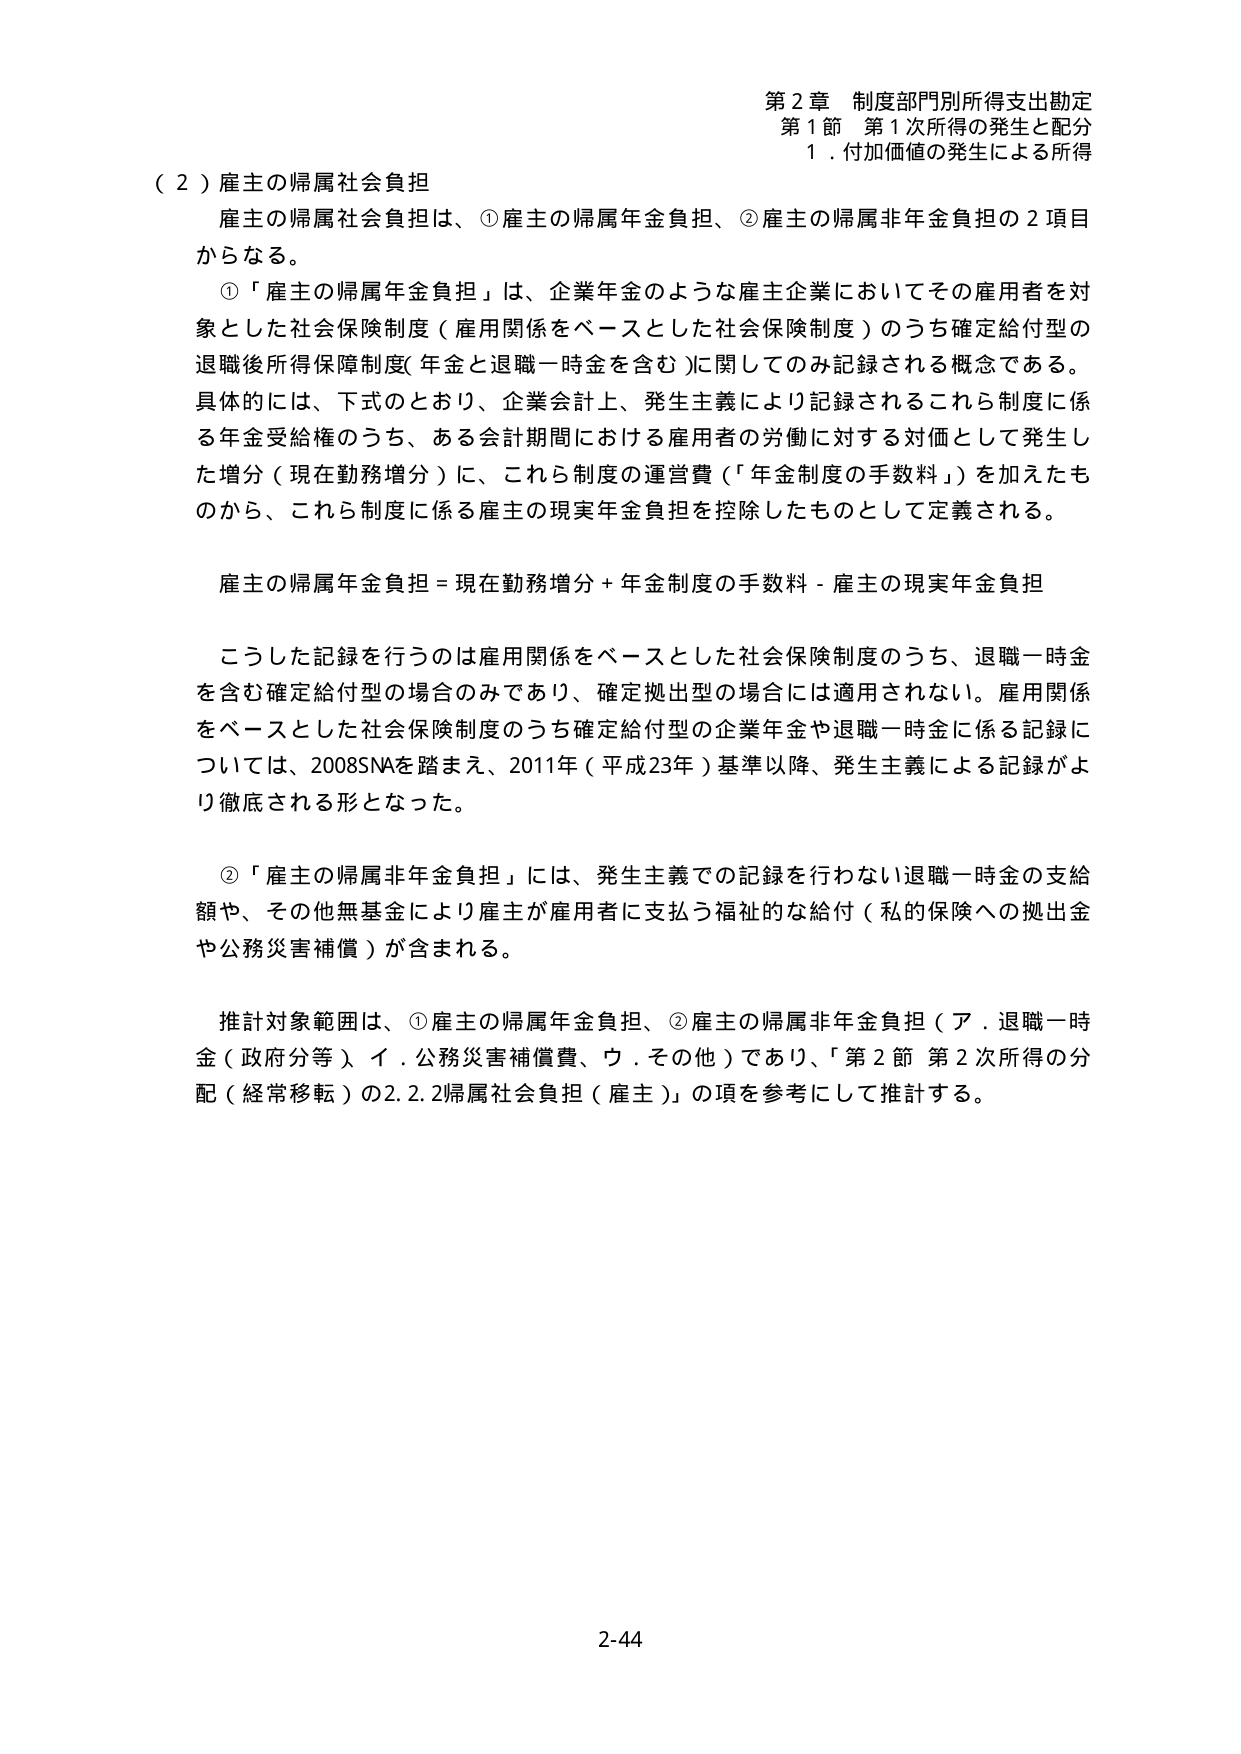
第２章 制度部門別所得支出勘定
第１節 第１次所得の発生と配分
１．付加価値の発生による所得

（２）雇主の帰属社会負担
雇主の帰属社会負担は、①雇主の帰属年金負担、②雇主の帰属非年金負担の２項目からなる。

①「雇主の帰属年金負担」は、企業年金のような雇主企業においてその雇用者を対象とした社会保険制度（雇用関係をベースとした社会保険制度）のうち確定給付型の退職後所得保障制度（年金と退職一時金を含む）に関してのみ記録される概念である。具体的には、下式のとおり、企業会計上、発生主義により記録されるこれら制度に係る年金受給権のうち、ある会計期間における雇用者の労働に対する対価として発生した増分（現在勤務増分）に、これら制度の運営費（「年金制度の手数料」）を加えたものから、これら制度に係る雇主の現実年金負担を控除したものとして定義される。

雇主の帰属年金負担＝現在勤務増分＋年金制度の手数料－雇主の現実年金負担

こうした記録を行うのは雇用関係をベースとした社会保険制度のうち、退職一時金を含む確定給付型の場合のみであり、確定拠出型の場合には適用されない。雇用関係をベースとした社会保険制度のうち確定給付型の企業年金や退職一時金に係る記録については、2008SNAを踏まえ、2011年（平成23年）基準以降、発生主義による記録がより徹底される形となった。

②「雇主の帰属非年金負担」には、発生主義での記録を行わない退職一時金の支給額や、その他無基金により雇主が雇用者に支払う福祉的な給付（私的保険への拠出金や公務災害補償）が含まれる。

推計対象範囲は、①雇主の帰属年金負担、②雇主の帰属非年金負担（ア．退職一時金（政府分等）、イ．公務災害補償費、ウ．その他）であり、「第２節 第２次所得の分配（経常移転）の2.2.2帰属社会負担（雇主）」の項を参考にして推計する。

2-44